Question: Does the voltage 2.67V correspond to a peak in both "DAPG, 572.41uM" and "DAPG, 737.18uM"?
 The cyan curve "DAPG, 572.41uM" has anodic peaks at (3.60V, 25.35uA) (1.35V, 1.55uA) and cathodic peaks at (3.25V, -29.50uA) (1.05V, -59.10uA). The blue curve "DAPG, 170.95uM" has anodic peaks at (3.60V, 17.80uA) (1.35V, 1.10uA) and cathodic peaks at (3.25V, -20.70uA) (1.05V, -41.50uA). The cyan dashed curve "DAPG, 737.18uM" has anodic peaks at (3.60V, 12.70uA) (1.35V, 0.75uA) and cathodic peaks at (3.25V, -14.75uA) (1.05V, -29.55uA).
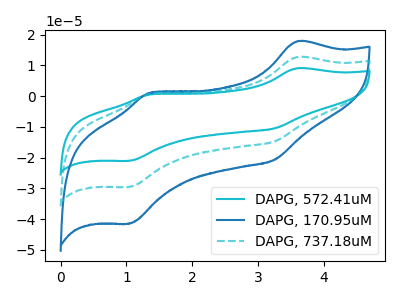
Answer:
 <answer>No, "DAPG, 572.41uM" and "DAPG, 737.18uM" dont share a peak at 2.67V.</answer>
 <eval>mismatch</eval>